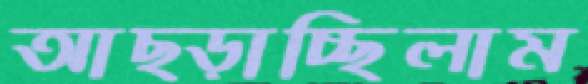
আছ্‌ড়াচ্ছিলাম